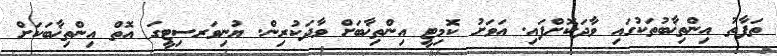
ތަފާތު އިންތިޚާބުތަކުގައި ވާދަކޮށްފައި. އަވަށު ކޮމިޓީ އިންތިޚާބަށް ވާދަކުރިން. ޔުނިވަރސިޓީގަ އޮތް އިންތިޚާބަކަށް